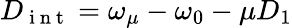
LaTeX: D_{\mathrm{~i~n~t~}}=\omega_{\mu}-\omega_{0}-\mu D_{1}